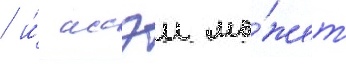
/ и́ иссэи мо́жет